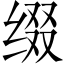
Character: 缀